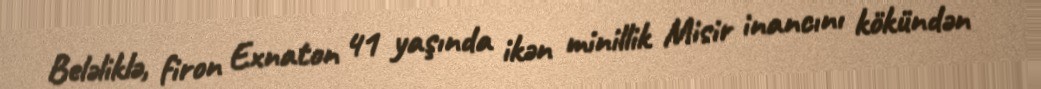
Beləliklə, firon Exnaton 41 yaşında ikən minillik Misir inancını kökündən